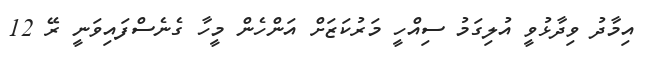
އިމާދު ވިދާޅުވީ އުލިގަމު ސިއްހީ މަރުކަޒަށް އަންހެން މީހާ ގެނެސްފައިވަނީ ރޭ 12